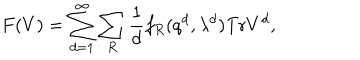
F ( V ) = \sum _ { d = 1 } ^ { \infty } \sum _ { R } { \frac { 1 } { d } } f _ { R } ( q ^ { d } , \lambda ^ { d } ) \mathrm { T r } V ^ { d } ,